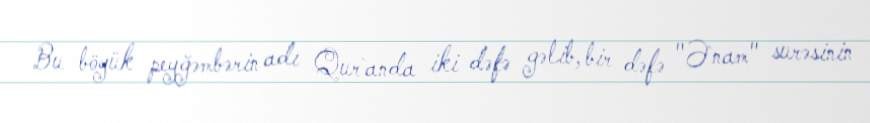
Bu böyük peyğəmbərin adı Qur`anda iki dəfə gəlib, bir dəfə "Ə`nam" surəsinin